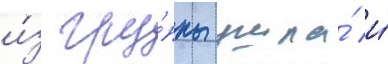
и́з гру́ппы ушла́ и́